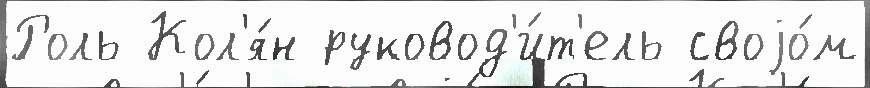
Роль Кол'я́н руковод'и́т'ель своjо́м